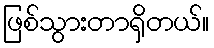
ဖြစ်သွားတာရှိတယ်။